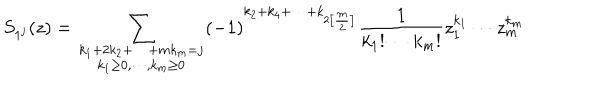
LaTeX: S _ { 1 ^ { j } } ( z ) = \sum _ { { \scriptstyle k _ { 1 } + 2 k _ { 2 } + \cdots + m k _ { m } = j } \atop { \scriptstyle k _ { 1 } \geq 0 , \cdots , k _ { m } \geq 0 } } ( - 1 ) ^ { k _ { 2 } + k _ { 4 } + \cdots + k _ { 2 \left[ \frac m 2 \right] } } \frac 1 { k _ { 1 } ! \cdots k _ { m } ! } z _ { 1 } ^ { k _ { 1 } } \cdots z _ { m } ^ { k _ { m } }